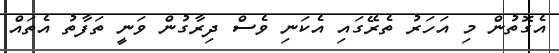
އެގޮތުން މި އަހަރު ތެރޭގައި އެކަނި ވެސް ދިރާގުން ވަނީ ތަފާތު އެތައް